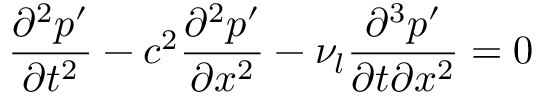
\frac { \partial ^ { 2 } p ^ { \prime } } { \partial t ^ { 2 } } - c ^ { 2 } \frac { \partial ^ { 2 } p ^ { \prime } } { \partial x ^ { 2 } } - \nu _ { l } \frac { \partial ^ { 3 } p ^ { \prime } } { \partial t \partial x ^ { 2 } } = 0